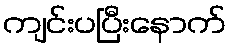
ကျင်းပပြီးနောက်